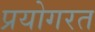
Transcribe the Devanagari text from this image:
प्रयोगरत